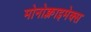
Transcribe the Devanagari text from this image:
मोनोक्लाइमेक्स